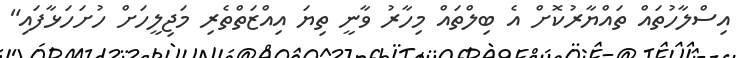
އިސްލާހުތައް ތައްޔާރުކޮށް އެ ބިލްތައް މިހާރު ވާނީ ތިޔަ އިއްޒަތްތެރި މަޖިލީހަށް ހުށަހަޅާފައި"